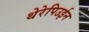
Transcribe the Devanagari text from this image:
थेरेपिउईन